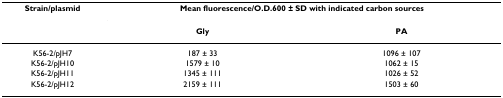
| Strain/plasmid | <COLSPAN=2> Mean fluorescence/O.D.600 ± SD with indicated carbon sources |
 |  | Gly | PA |
 | --- | --- | --- |
 | K56-2/pJH7 | 187 ± 33 | 1096 ± 107 |
 | K56-2/pJH10 | 1579 ± 10 | 1062 ± 15 |
 | K56-2/pJH11 | 1345 ± 111 | 1026 ± 52 |
 | K56-2/pJH12 | 2159 ± 111 | 1503 ± 60 |